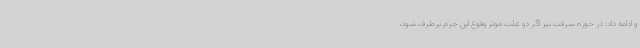
و ادامه داد: در حوزه سرقت نیز اگر دو علت موثر وقوع این جرم برطرف شود،